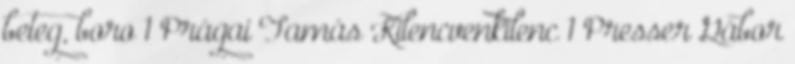
beteg, boro 1 Prágai Tamás Kilencvenkilenc 1 Presser Gábor